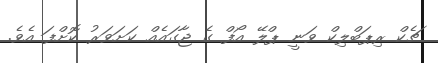
ޗެކް ރިޕަބްލިކް ވަނީ ޕްލޭ އޯފް ގެ ޖާގައެއް ކަށަވަރު ކޮށްފަ އެވެ.